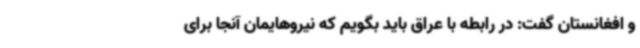
و افغانستان گفت: در رابطه با عراق باید بگویم که نیروهایمان آنجا برای